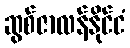
ဆွစ်ဇာလန်နိုင်ငံ